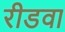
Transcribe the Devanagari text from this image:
रीडवा